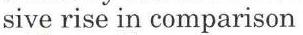
sive rise in comparison